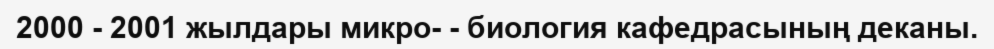
2000 - 2001 жылдары микро­ - биология кафедрасының деканы.